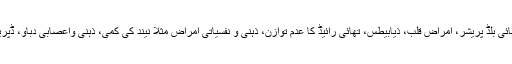
ان میں جسمانی امراض خصوصاً ہائی بلڈ پریشر، امراض قلب، ذیابیطس، تھائی رائیڈ کا عدم توازن، ذہنی و نفسیاتی امراض مثلاً نیند کی کمی، ذہنی واعصابی دباؤ، ڈپریشن ، شیزوفرینیا وغیرہ شامل ہیں۔